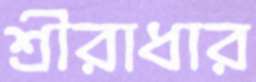
শ্রীরাধার